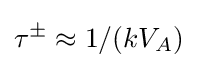
\tau ^{\pm }\approx 1/(kV_{A})